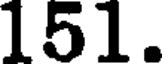
151.